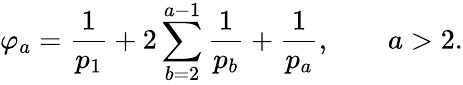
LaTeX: \varphi_{a}=\frac{1}{p_{1}}+2\sum_{b=2}^{a-1}\frac{1}{p_{b}}+\frac{1}{p_{a}},\qquad a>2.